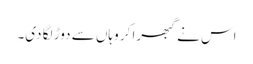
اس نے گبھرا کر وہاں سے دوڑ لگا دی۔